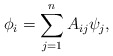
\begin{align*}\phi_i = \sum_{j=1}^{n} A_{ij}\psi_j,\end{align*}